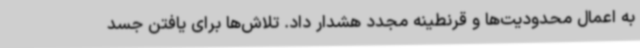
به اعمال محدودیت‌ها و قرنطینه مجدد هشدار داد. تلاش‌ها برای یافتن جسد